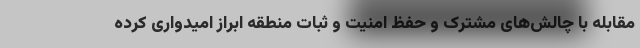
مقابله با چالش‌های مشترک و حفظ امنیت و ثبات منطقه ابراز امیدواری کرده